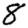
Digit: 8